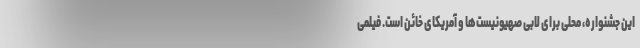
این جشنواره، محلی برای لابی صهیونیست‌ها و آمریکای خائن است. فیلمی